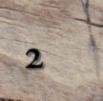
2